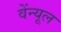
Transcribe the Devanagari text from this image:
वेंन्यूल